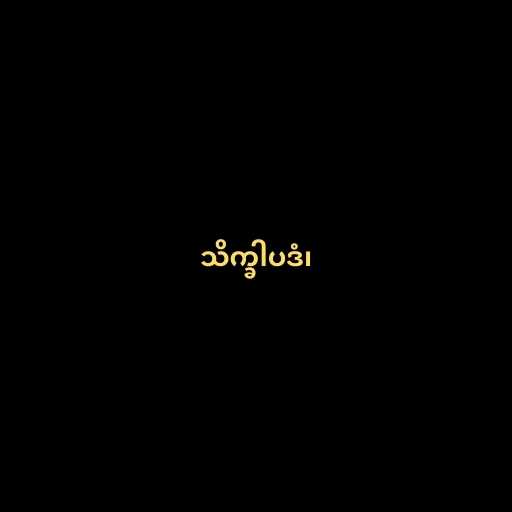
သိက္ခါပဒံ၊